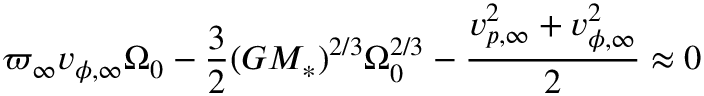
\varpi _ { \infty } v _ { \phi , \infty } \Omega _ { 0 } - \frac { 3 } { 2 } ( G { M _ { \ast } } ) ^ { 2 / 3 } \Omega _ { 0 } ^ { 2 / 3 } - \frac { v _ { p , \infty } ^ { 2 } + v _ { \phi , \infty } ^ { 2 } } { 2 } \approx 0